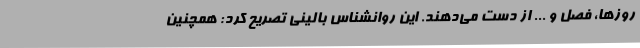
روزها، فصل و ... از دست می‌دهند. این روانشناس بالینی تصریح کرد: همچنین